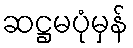
ဆဋ္ဌမပုံမှန်